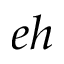
e h